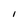
Character: I